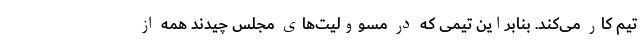
تیم کار می‌کند. بنابراین تیمی که در مسوولیت‌های مجلس چیدند همه از